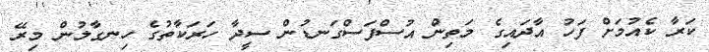
ކަރާ ކެއުމަށް ފަހު އާދައިގެ މަތިން އުސްފަސްގަނޑުން ސީދާ ހަރަކާތުގެ ހިނގާލުން މިރޭ